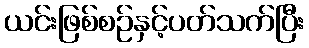
ယင်းဖြစ်စဉ်နှင့်ပတ်သက်ပြီး